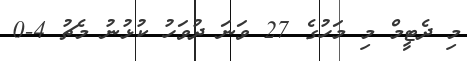
މި ދެޓީމް މި މަހުގެ 27 ވަނަ ދުވަހު ކުޅުނު މެޗު 4-0